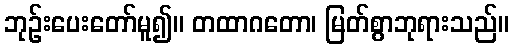
ဘုဉ်းပေးတော်မူ၍။ တထာဂတော၊ မြတ်စွာဘုရားသည်။